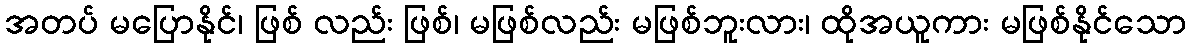
အတပ် မပြောနိုင်၊ ဖြစ် လည်း ဖြစ်၊ မဖြစ်လည်း မဖြစ်ဘူးလား၊ ထိုအယူကား မဖြစ်နိုင်သော